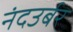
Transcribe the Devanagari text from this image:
नंदउर्बर